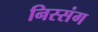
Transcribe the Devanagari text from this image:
निस्संग